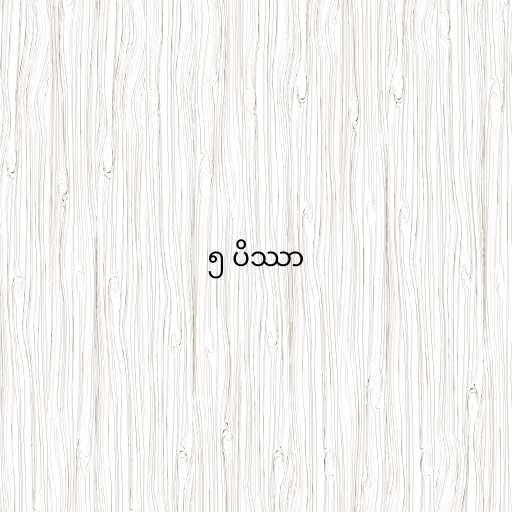
၅ ပိဿာ